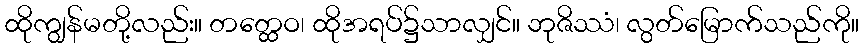
ထိုကျွန်မတို့လည်း။ တတ္ထေဝ၊ ထိုအရပ်၌သာလျှင်။ ဘုဇိဿံ၊ လွတ်မြောက်သည်ကို။